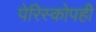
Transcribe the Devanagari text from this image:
पेरिस्कोपही